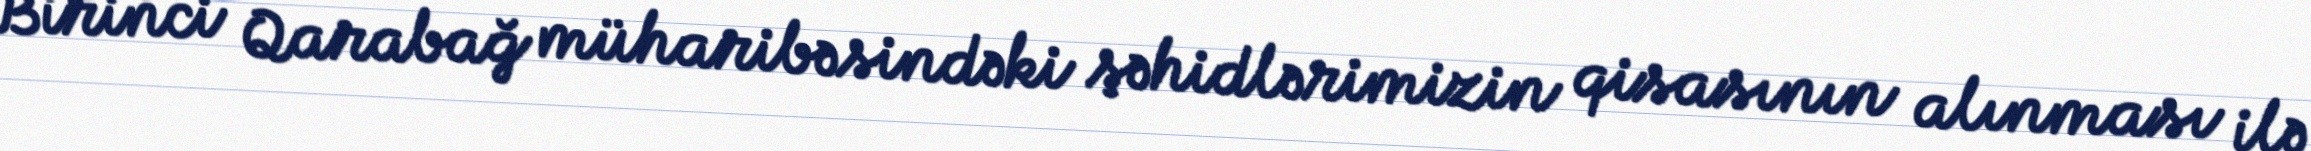
Birinci Qarabağ müharibəsindəki şəhidlərimizin qisasının alınması ilə